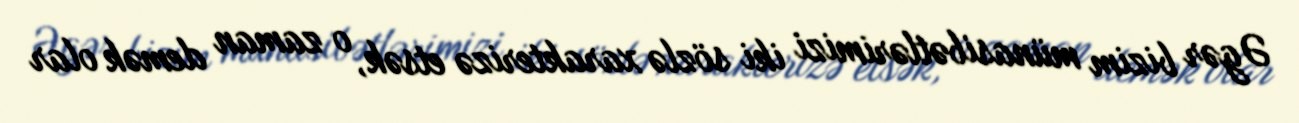
Əgər bizim münasibətlərimizi iki sözlə xarakterizə etsək, o zaman demək olar